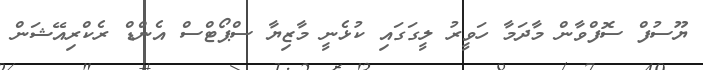
ޔޫސުފް ސޮފްވާން މާދަމާ ހަވީރު ލީގަގައި ކުޅެނީ މާޒިޔާ ސްޕޯޓްސް އެންޑް ރެކްރިއޭޝަން